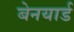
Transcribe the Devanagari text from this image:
बेनयार्ड